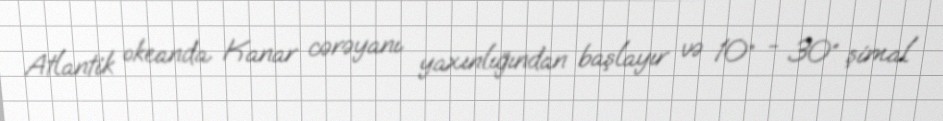
Atlantik okeanda Kanar cərəyanı yaxınlığından başlayır və 10° - 30° şimal